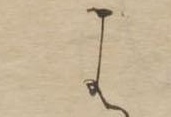
は